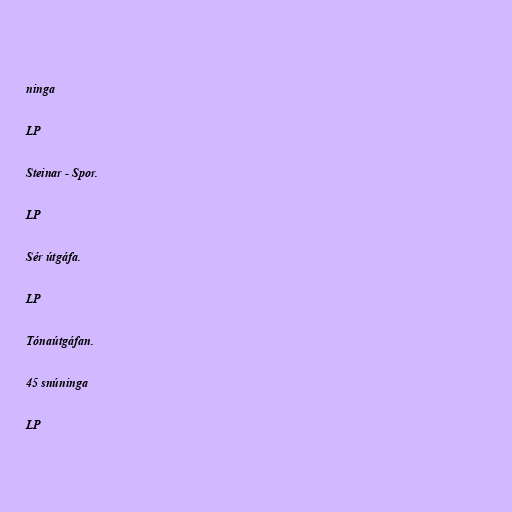
ninga

LP

Steinar - Spor.

LP

Sér útgáfa.

LP

Tónaútgáfan.

45 snúninga

LP